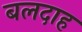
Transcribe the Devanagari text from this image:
बलदाह